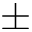
\pm